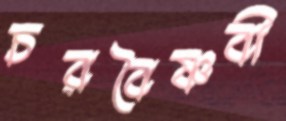
চরবৈষ্ণবী